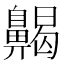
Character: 齃